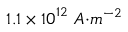
1 . 1 \times { 1 0 } ^ { 1 2 } \ { A } { { · } } { { m } } ^ { { - 2 } }